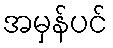
အမှန်ပင်